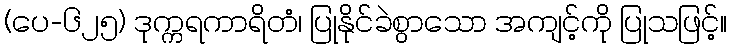
(ပေ-၆၂၅) ဒုက္ကရကာရိတံ၊ ပြုနိုင်ခဲစွာသော အကျင့်ကို ပြုသဖြင့်။